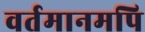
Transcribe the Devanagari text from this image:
वर्तमानमपि